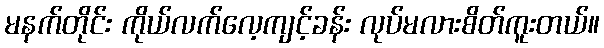
မနက်တိုင်း ကိုယ်လက်လေ့ကျင့်ခန်း လုပ်မလားစိတ်ကူးတယ်။